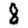
Digit: 8